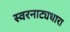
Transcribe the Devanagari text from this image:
स्वरनाट्यधारा